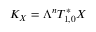
K _ { X } = \Lambda ^ { n } T _ { 1 , 0 } ^ { * } X